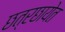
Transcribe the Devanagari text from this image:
छत्रछायेत